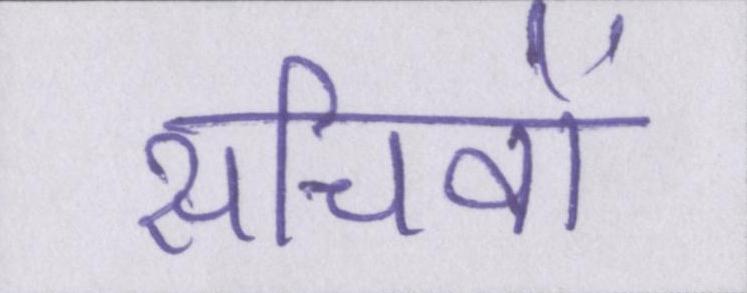
सचिवों